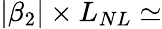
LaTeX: |\beta_{2}|\times L_{NL}\simeq